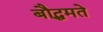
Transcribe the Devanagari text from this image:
बौद्धमते